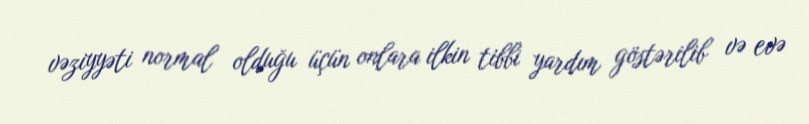
vəziyyəti normal olduğu üçün onlara ilkin tibbi yardım göstərilib və evə